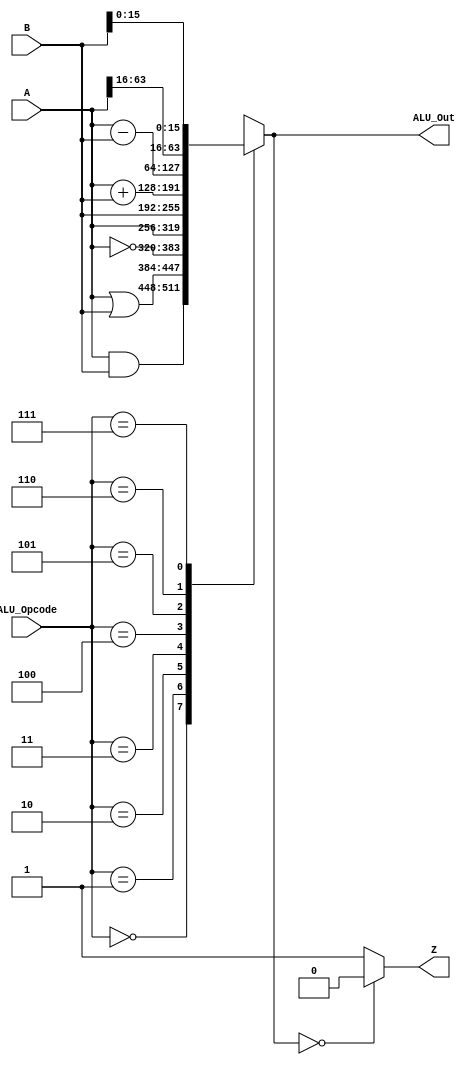
`timescale 1ns / 1ps
//////////////////////////////////////////////////////////////////////////////////
// Company: 
// Engineer: 
// 
// Design Name: 
// Module Name: ALU_64
// Project Name: 
// Target Devices: 
// Tool Versions: 
// Description: 
// 
// Dependencies: 
// 
// Revision:
// Revision 0.01 - File Created
// Additional Comments:
// 
//////////////////////////////////////////////////////////////////////////////////

module ALU_64(A,B,ALU_Opcode,ALU_Out,Z);
    
           
    parameter BITSIZE = 32;
	parameter REGSIZE = 64;
	
	input  [REGSIZE-1:0]  A,B;  // ALU 64-bit Inputs                 
    input  [2:0]  ALU_Opcode;// ALU Selection
    output reg [REGSIZE-1:0] ALU_Out; // ALU 64-bit Output
    output Z;
    
    
    /*wire ReadData2;
    Register_File uut4( .ReadData1(A),
                        .ReadData2(ReadData2));
    
    
    MUX_2_1 uut5(.in0(ReadData2), 
                 .in1(SignExtendOut),  ///from sign extend
                 .s0(ALUSrc), /////from control signal
                 .out(B)
                  );
    */
    
    always @(*)
    begin
        case(ALU_Opcode)
            3'b000:
                begin
                    ALU_Out <= A & B;
                end
            3'b001: //  Logical or
                begin
                    ALU_Out <= A | B;
                end
                
            3'b010:
                begin
                    ALU_Out <= ~ A;
                end
                
            3'b011: //move A 
                begin
                    ALU_Out <= A ;
                end
                
            3'b100: // move B
                begin
                    ALU_Out <= B;
                end
            3'b101:   //add
                begin
                    ALU_Out <= A + B;
                end
            3'b110:   //subtract
                begin
                    ALU_Out <= A - B;
           
               end
            3'b111: // MOVK
               begin
                    ALU_Out <= {A[63:16],B[15:0]}; //a b exchange
                    
               end
               
        endcase
    end      
    assign Z = (ALU_Out == 0) ? 0:1;
    
endmodule